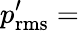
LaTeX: p_{\mathrm{rms}}^{\prime}=